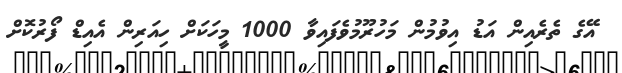
އޭގެ ތެރެއިން އަޑު އިވުމުން މަހުރޫމުވެފައިވާ 1000 މީހަކަށް ހިއަރިން އެއިޑް ފޯރުކޮށް